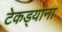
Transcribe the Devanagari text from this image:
टेकड्यांना